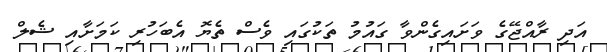
އަދި ރާއްޖޭގެ ވަށައިގެންވާ ގައުމު ތަކުގައި ވެސް ތެޔޮ އެބަހުރި ކަމަށާއި ޝެލް